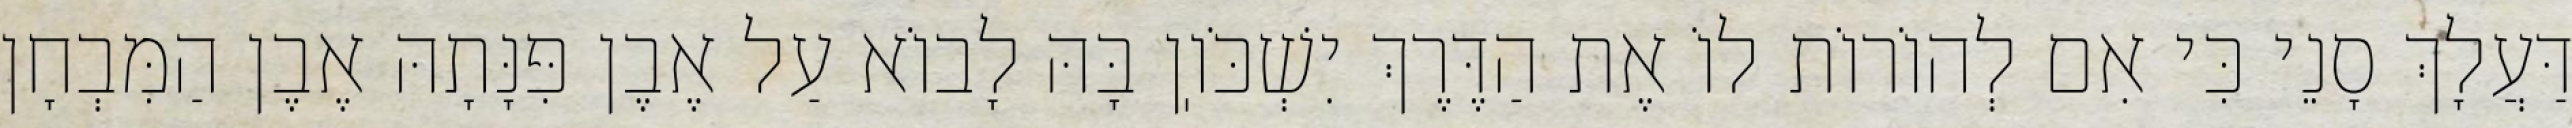
דַּעֲלָךְ סָנֵי כִּי אִם לְהוֹרוֹת לוֹ אֶת הַדֶּרֶךְ יִשְׁכֹּוֽן בָּהּ לָבוֹא עַל אֶבֶן פִּנָּתָהּ אֶבֶן הַמִּבְחָן